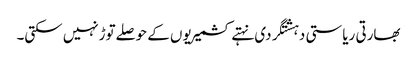
بھارتی ریاستی دہشتگردی نہتے کشمیریوں کے حوصلےتوڑنہیں سکتی۔